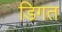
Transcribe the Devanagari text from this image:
डिगत